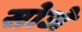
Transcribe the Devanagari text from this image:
सोजे